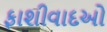
ફાશીવાદઓ